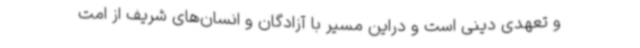
و تعهدی دینی است و دراین مسیر با آزادگان و انسان‌های شریف از امت